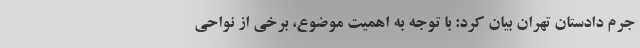
جرم دادستان تهران بیان کرد: با توجه به اهمیت موضوع، برخی از نواحی